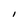
Character: I